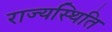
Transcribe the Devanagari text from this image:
राज्यस्थिति